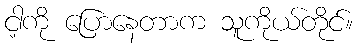
ငါ့ကို ပြောနေတာက သူကိုယ်တိုင်။